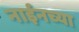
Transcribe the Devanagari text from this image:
नाईनच्या